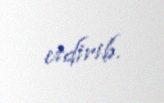
etdirib.